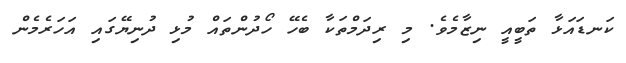
ކަނޑައަޅާ ތަބީއީ ނިޒާމެވެ. މި ރިދަމްތަކާ ބެހޭ ހޯދުންތައް މުޅި ދުނިޔޭގައި އަހަރެމެން